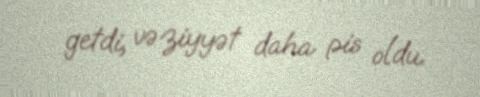
getdi, vəziyyət daha pis oldu.